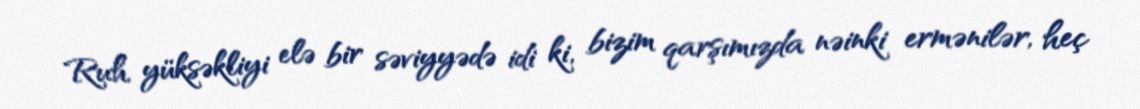
Ruh yüksəkliyi elə bir səviyyədə idi ki, bizim qarşımızda nəinki ermənilər, heç